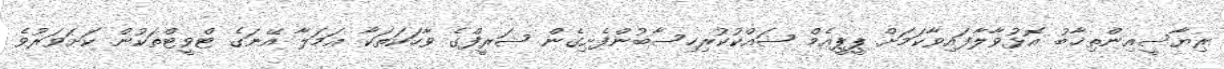
ރިޔާސީއިންތިޚާބު އޮޅުވާލާފައިވާކަމަށް ޕީޕީއެމް ޝައްކުކުރިހިސާބުންފެށިގެން ޝަރީފްގެ ވާހަކަތަކާ ޢަމަލާ އޭނަގެ ޓްވީޓްތަކުން ކަށަވަރުވެ